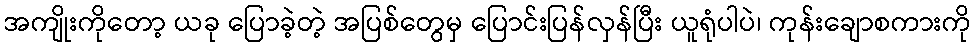
အကျိုးကိုတော့ ယခု ပြောခဲ့တဲ့ အပြစ်တွေမှ ပြောင်းပြန်လှန်ပြီး ယူရုံပါပဲ၊ ကုန်းချောစကားကို